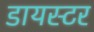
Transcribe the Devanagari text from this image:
डायस्टर